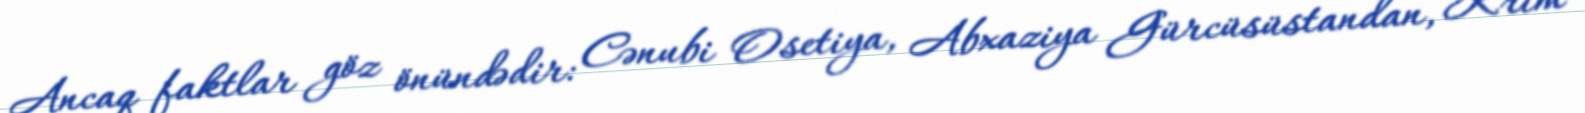
Ancaq faktlar göz önündədir: Cənubi Osetiya, Abxaziya Gürcüsüstandan, Krım